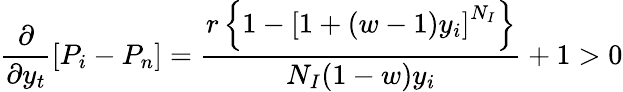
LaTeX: \frac{\partial}{\partial y_{t}}\left[P_{i}-P_{n}\right]=\frac{r\left\{ 1-\left[1+(w-1)y_{i}\right]^{N_{I}}\right\} }{N_{I}(1-w)y_{i}}+1>0